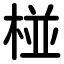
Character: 椪